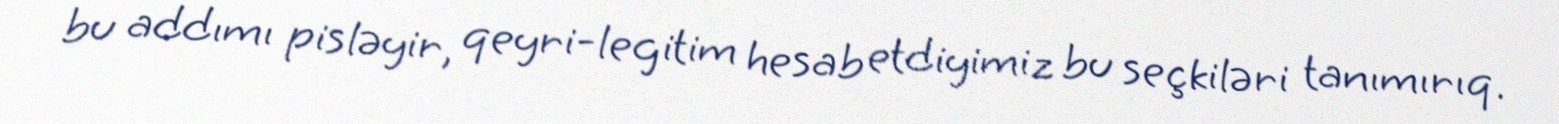
bu addımı pisləyir, qeyri-legitim hesab etdiyimiz bu seçkiləri tanımırıq.